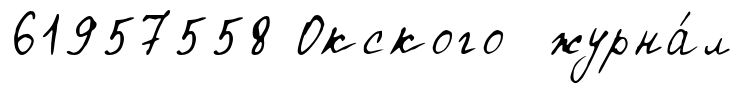
61957558 Окского журна́л